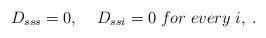
LaTeX: \begin{align*}D_{sss}=0,\;\;\;\;D_{ssi} =0\; for\;every\;i,\;. \end{align*}